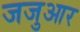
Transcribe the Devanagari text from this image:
जजुआर